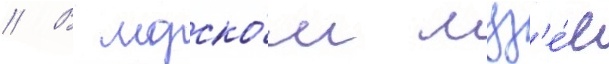
// В морско́м муз'е́е